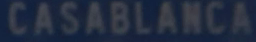
CASABLANCA